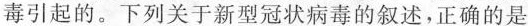
毒引起的。下列关于新型冠状病毒的叙述，正确的是